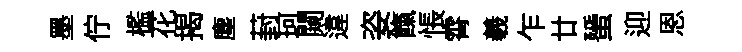
墨佇檻花揭塵葑珂闚違姿餼悵霄羲乍廿蜑迎恩